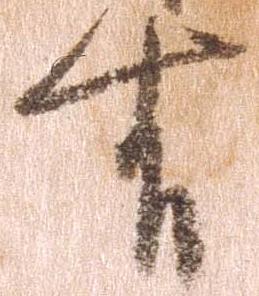
有